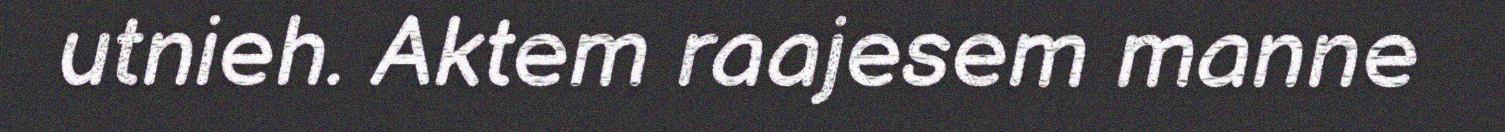
utnieh. Aktem raajesem manne